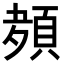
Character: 𮨊